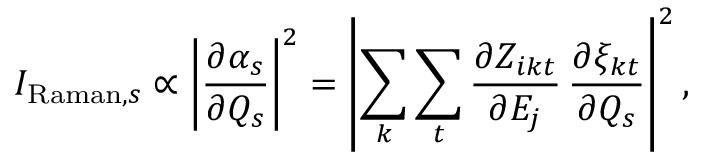
I _ { \mathrm { R a m a n } , s } \propto \left| \frac { \partial \alpha _ { s } } { \partial Q _ { s } } \right| ^ { 2 } = \left| \sum _ { k } \sum _ { t } \frac { \partial Z _ { i k t } } { \partial E _ { j } } \, \frac { \partial { \xi _ { k t } } } { \partial Q _ { s } } \right| ^ { 2 } ,